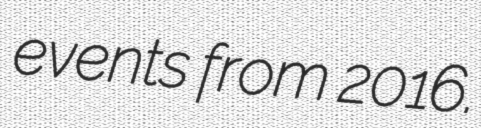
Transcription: events from 2016.